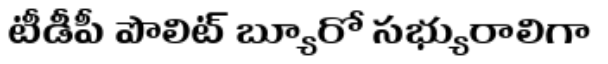
టీడీపీ పొలిట్ బ్యూరో సభ్యురాలిగా